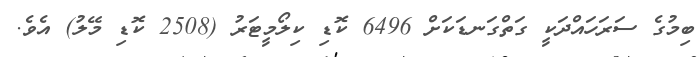
ބިމުގެ ސަރަހައްދަކީ ގަތްގަނޑަކަށް 6496 ކޮޑި ކިލޯމީޓަރު (2508 ކޮޑި މޭލު) އެވެ.